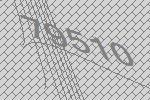
79510